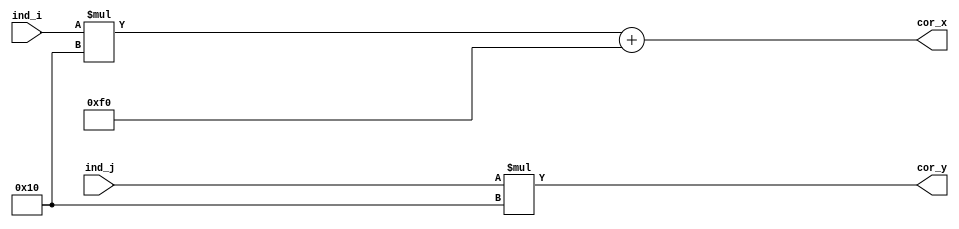
module ind2coord(
    input  [4:0] ind_i, ind_j,   // indices
    output [9:0] cor_x, cor_y  // coordinates
    );

    parameter size = 16;

    assign cor_x = ind_i * size + 240;
    assign cor_y = ind_j * size;

endmodule